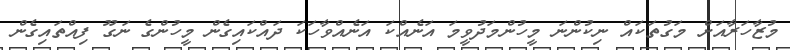
މުޒާހަރާއަށް މަގުތަކައް ނިކުންނަ މީހުންމަދުވީމަ އަނެއްކަ އަނެއްވާހަކަ ދައްކައިގެން މީހުންގެ ނަގޫ ފިއްތައިގެން